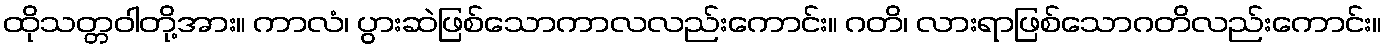
ထိုသတ္တဝါတို့အား။ ကာလံ၊ ပွားဆဲဖြစ်သောကာလလည်းကောင်း။ ဂတိ၊ လားရာဖြစ်သောဂတိလည်းကောင်း။